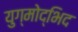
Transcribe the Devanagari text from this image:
युग्मोद्भिद